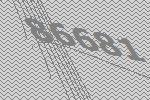
86681